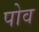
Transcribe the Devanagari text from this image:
पोव